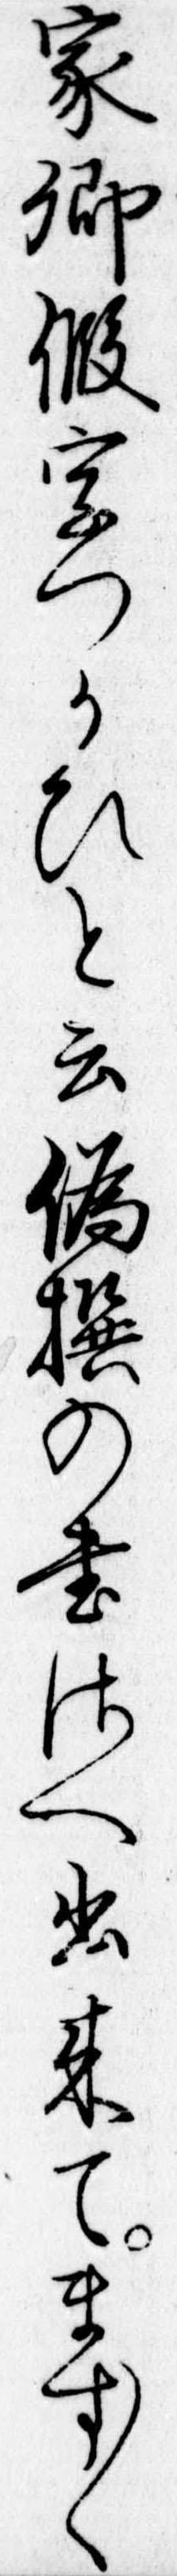
家卿仮字つかひと云偽撰の書さへ出来てます〱